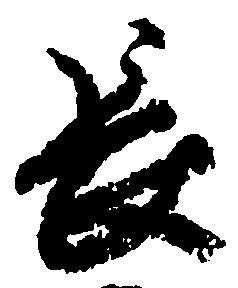
長